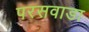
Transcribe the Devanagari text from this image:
परसवाडा